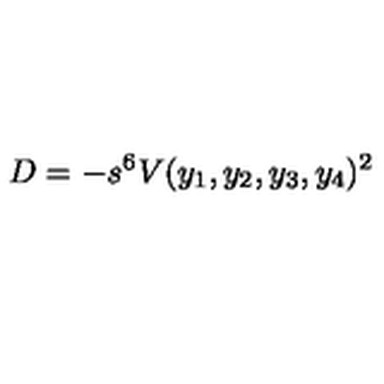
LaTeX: D = - s ^ { 6 } V ( y _ { 1 } , y _ { 2 } , y _ { 3 } , y _ { 4 } ) ^ { 2 }